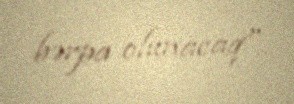
bərpa olunacaq".